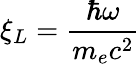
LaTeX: \xi_{L}=\frac{\hbar\omega}{m_{e}c^{2}}